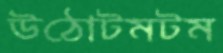
উঠোটমটম